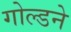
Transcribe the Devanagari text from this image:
गोल्डने